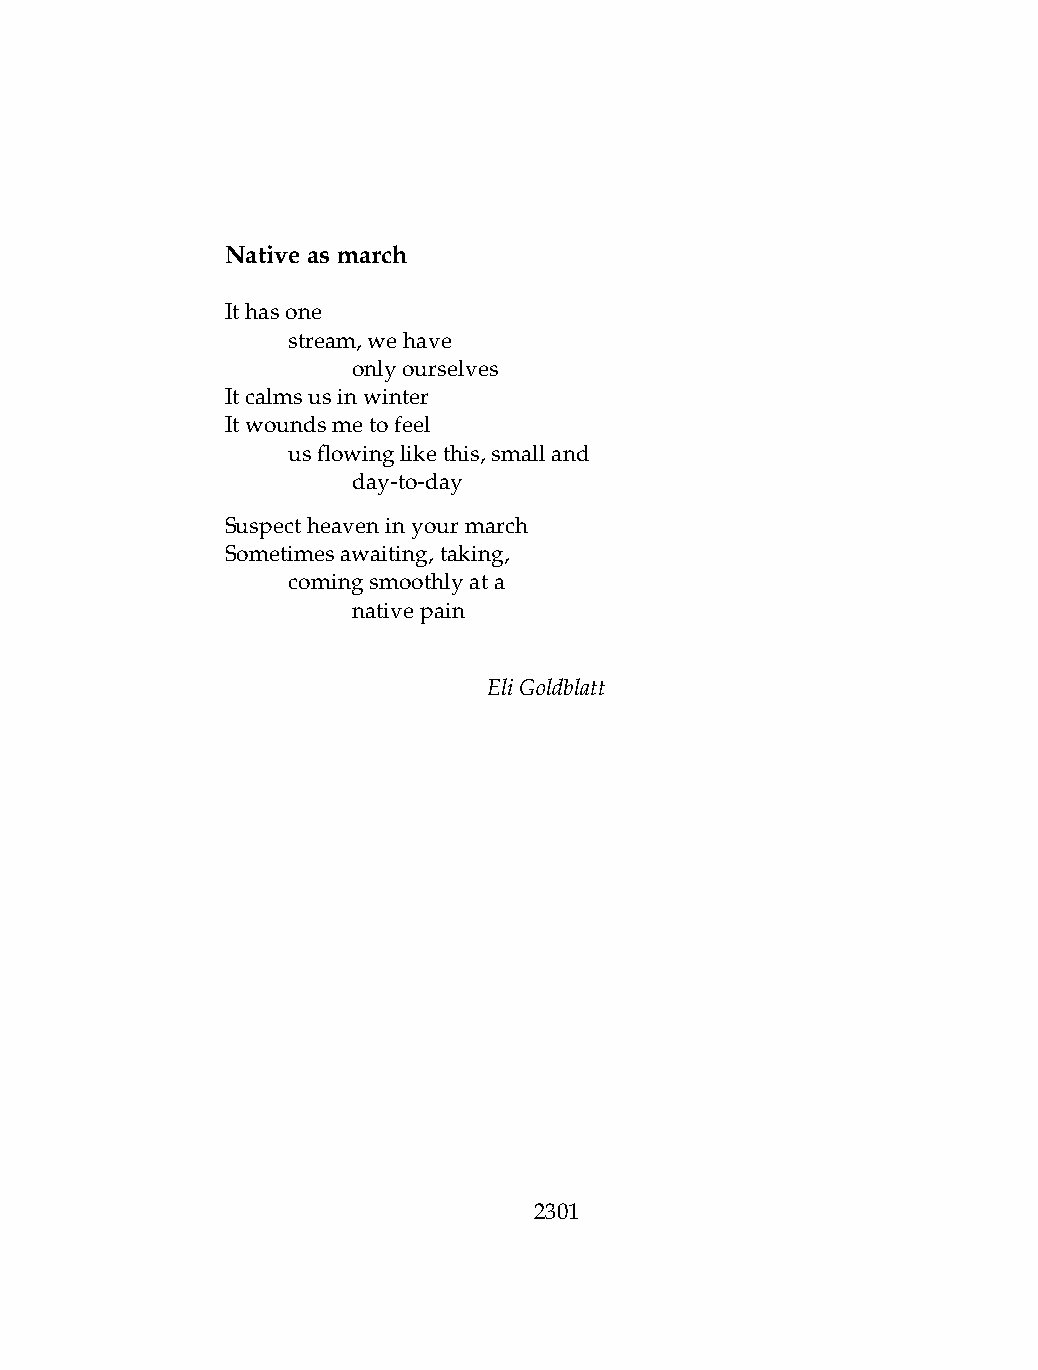
Nativeasmarch
 Ithasone
 .   stream,wehave
 .   .   onlyourselves
 Itcalmsusinwinter
 Itwoundsmetofeel
 .   usflowinglikethis,smalland
 .   .   day-to-day
 Suspectheaveninyourmarch
 Sometimesawaiting,taking,
 .   comingsmoothlyata
 .   .   nativepain
 EliGoldblatt
 2301